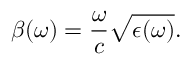
\beta ( \omega ) = \frac { \omega } { c } \sqrt { \epsilon ( \omega ) } .